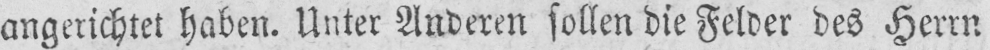
angerichtet haben. Unter Anderen sollen die Felder des Herrn